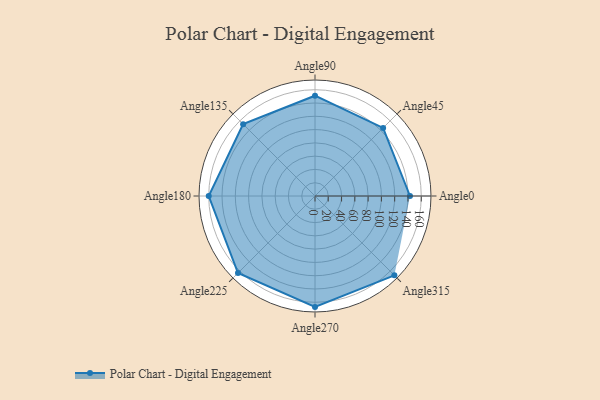
{"axis": {"x": "Angle", "y": "Radius"}, "legend": [""], "data": [{"x": "Angle0", "y": 143.0, "type": ""}, {"x": "Angle45", "y": 145.0, "type": ""}, {"x": "Angle90", "y": 151.0, "type": ""}, {"x": "Angle135", "y": 153.0, "type": ""}, {"x": "Angle180", "y": 160.0, "type": ""}, {"x": "Angle225", "y": 164.0, "type": ""}, {"x": "Angle270", "y": 167.0, "type": ""}, {"x": "Angle315", "y": 169.0, "type": ""}]}